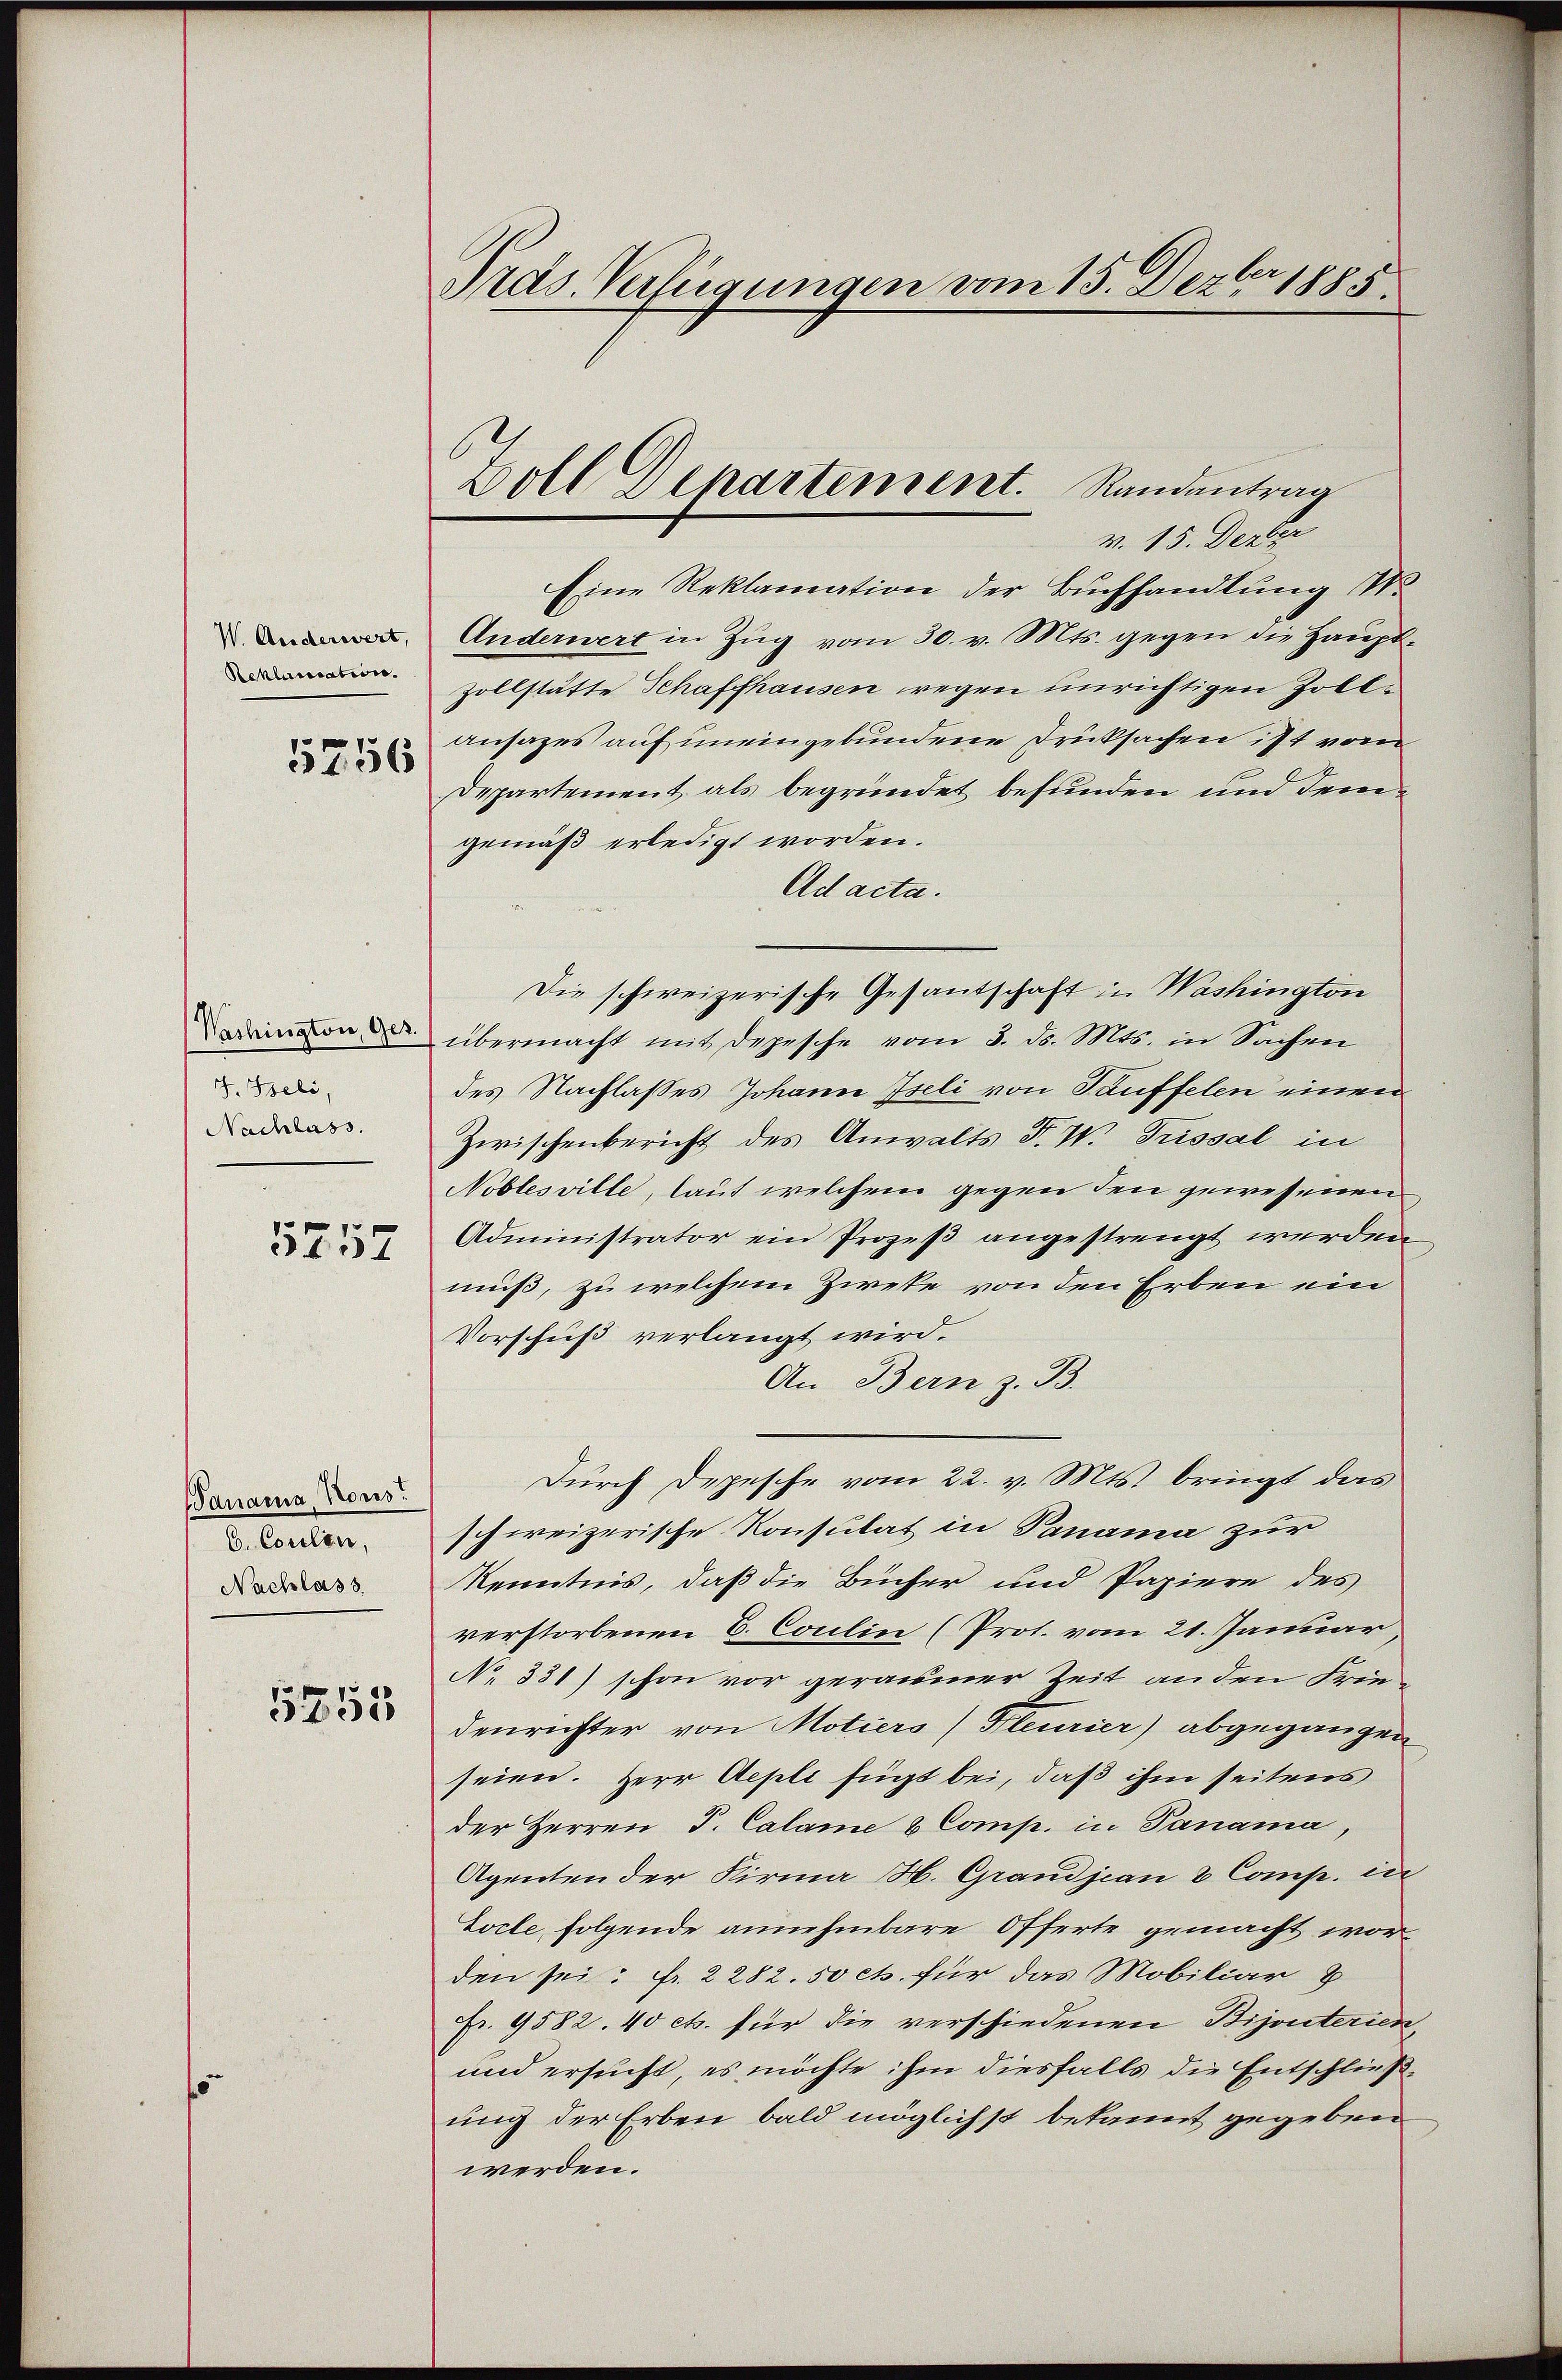
V. Anderwert,
Reklucration.

5756

Washington, Ger.
I. Seli,
Nachlass.

5757

Panama, Nous
C. Cocilen,
Nachlass

5755

Pras. Verfügungen vom 15. Dezbr 1885

C
Zoll Departement. Randantrag

v. 15. Derr
Eine Reklamation der Buchhandlung 1.
Anderwert in Zug vom 30. v. Mts. gegen die Haupt¬
Zollstätte Schaffhausen wegen unrichtigen Zollansages auf uneingebundene Druksachen ist vom
Departement als begründet befunden und demgemäß erledigt worden.
Ad acta.
Die schweizerische Gesantschaft in Washington
übermacht mit Depesche vom 3. ds. Mts. in Sachen
des Nachlasses Johann Iseli von Tauffelen einen
Zwischenbericht des Anwalts F. W. Prissal in
Noblesville, laut welchem gegen den gewesenen
Administrator ein Prozeß angestrengt werden
muß, zu welchem Zieke von den Erben ein
Vorschuß verlangt wird.
An Bern z. B.
Durch Depesche vom 22. v. Mts. bringt das
schweizerische Konsulat in Panama zur
Kenntnis, daß die Bücher und Papiere des
verstorbenen 6. Coulin (Prot. vom 21. Januar
No 331) schon vor gerausmer Zeit an den Friedenrichter von Motiers/Fleurier) abgegangen
seien. Herr Aepli fügt bei, daß ihm seitens
der Herren J. Calame & Comp. in Panama,
Agenten der Kirma H. Grandjean 8 Comp. in
Locle folgende annehmbare Offerte gemacht worden sei: Fr. 2282. 50 cts. für das Mobiliar B
Fr. 9582. 40 cts. für die verschiedenen Bijouterien
und ersucht, es möchte ihm diesfalls die Entschließung der Erben bald möglichst bekannt gegeben
werden.